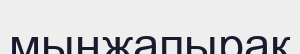
мыңжапырақ